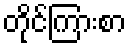
တိုင်ကြားစာ